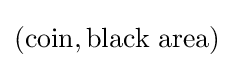
({\text{coin}},{\text{black area}})